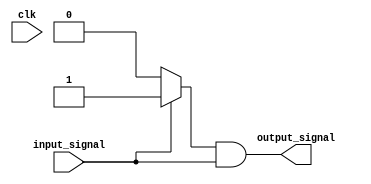
module io_buffer (
    input wire clk,
    input wire input_signal,
    output reg output_signal
);

// PMOS transistor
wire pmos_out;
assign pmos_out = input_signal ? 1'b1 : 1'b0;

// NMOS transistor
wire nmos_out;
assign nmos_out = input_signal ? 1'b0 : 1'b1;

// Push-pull arrangement
assign output_signal = pmos_out & !nmos_out;

endmodule